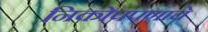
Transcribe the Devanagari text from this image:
निकोपपणाचे